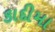
કાદીમા